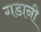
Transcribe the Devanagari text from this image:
गडानी